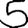
Digit: 5